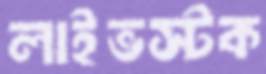
লাইভস্টক